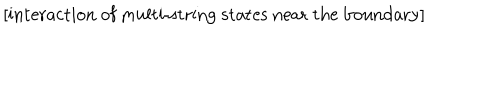
LaTeX: \mathrm { [ i n t e r a c t i o n ~ o f ~ m u l t i - s t r i n g ~ s t a t e s ~ n e a r ~ t h e ~ b o u n d a r y ] }